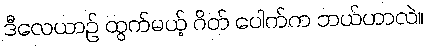
ဒီလေယာဉ် ထွက်မယ့် ဂိတ် ပေါက်က ဘယ်ဟာလဲ။